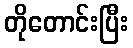
တိုတောင်းပြီး